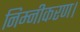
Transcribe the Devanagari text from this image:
निम्नीकरण।